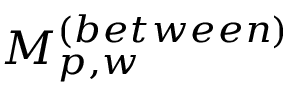
M _ { p , w } ^ { ( b e t w e e n ) }